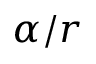
\alpha / r